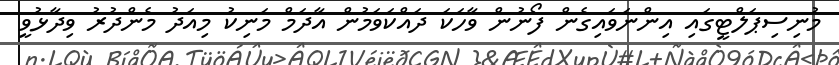
މުނިސިޕަލްޓީގައި އިންނަވައިގެން ފޯނުން ވާހަކަ ދައްކަވަމުން އާދަމް މަނިކު މިއަދު މެންދުރު ވިދާޅުވީ